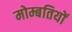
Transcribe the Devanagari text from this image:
मोम्बतियों